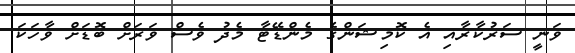
ވަނީ ސަރުކާރާއި އެ ކޮމިޝަންގެ މެންޑޭޓާ މެދު ވެސް ވަރަށް ބޮޑަށް ވާހަކަ